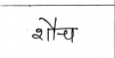
मजकूर: शौच